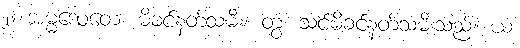
၂။ အမ္မဒေဝတေ၊ မိခင်နတ်သမီး။ တွံ၊ သင်မိခင်နတ်သမီးသည်။ ယံ